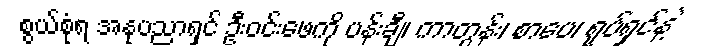
စွယ်စုံရ အနုပညာရှင် ဦးဝင်းဖေကို ပန်းချီ၊ ကာတွန်း၊ စာပေ၊ ရုပ်ရှင်နဲ့